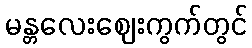
မန္တလေးဈေးကွက်တွင်